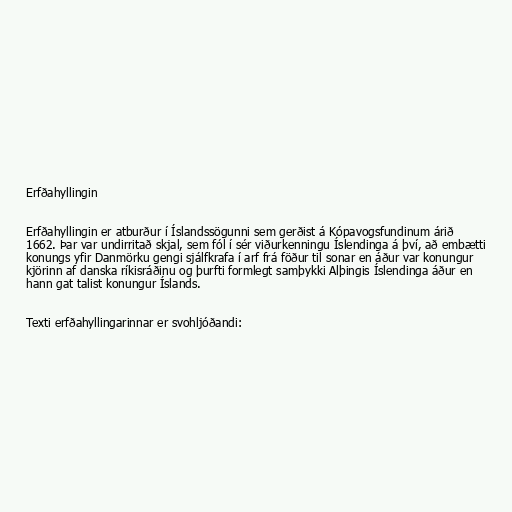
Erfðahyllingin

Erfðahyllingin er atburður í Íslandssögunni sem gerðist á Kópavogsfundinum árið
1662. Þar var undirritað skjal, sem fól í sér viðurkenningu Íslendinga á því, að embætti
konungs yfir Danmörku gengi sjálfkrafa í arf frá föður til sonar en áður var konungur
kjörinn af danska ríkisráðinu og þurfti formlegt samþykki Alþingis Íslendinga áður en
hann gat talist konungur Íslands.

Texti erfðahyllingarinnar er svohljóðandi: